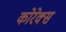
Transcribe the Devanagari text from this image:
कोरेक्स